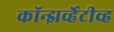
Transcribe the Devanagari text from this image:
कॉन्झर्व्हेटीव्ह